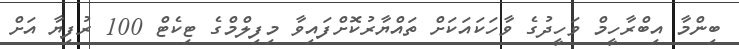
ބިންމާ އިބްރާހީމް ވަހީދުގެ ވާހަކައަކަށް ތައްޔާރުކޮށްފައިވާ މިފިލްމްގެ ޓިކެޓް 100 ރުފިޔާ އަށް